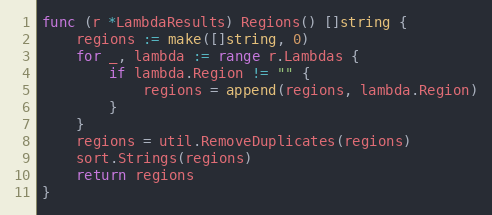
Language: Go
func (r *LambdaResults) Regions() []string {
	regions := make([]string, 0)
	for _, lambda := range r.Lambdas {
		if lambda.Region != "" {
			regions = append(regions, lambda.Region)
		}
	}
	regions = util.RemoveDuplicates(regions)
	sort.Strings(regions)
	return regions
}